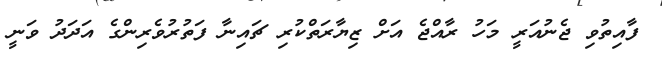
ފާއިތުވި ޖެނުއަރީ މަހު ރާއްޖެ އަށް ޒިޔާރަތްކުރި ޗައިނާ ފަތުރުވެރިންގެ އަދަދު ވަނީ